Indian Civil Veterinary Department memoirs
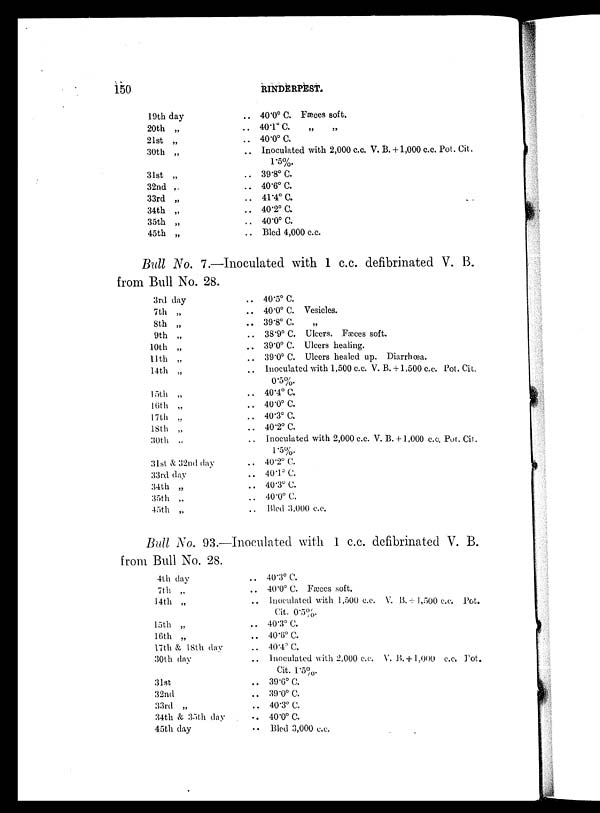
150
RINDERPEST.
19th day
20th „
21st „
30th „
31st „
32nd „
33rd „
34th „
35th „
45th „
.. 40.0º C. Fæces soft.
.. 401º C.
„
„
.. 40.0º C.
.. Inoculated with 2,000 c.c. V. B.
,000 c.c. Pot. Cit.
1.5%.
.. 39.8º C.
.. 40.6º C.
.. 41.4º C.
.. 40.2º C.
.. 40.0º C.
.. Bled 4,000 c.c.
Bull No. 7.—Inoculated with 1 c.c. defibrinated V. B.
from Bull No. 28.
3rd day
7th „
8th „
9th „
10th „
11th „
14th „
15th „
16th „
17th „
18th „
30th „
31st & 32nd day
33rd day
34th „
35th „
45th „
.. 40.5º C.
.. 40.0º C. Vesicles.
.. 39.8º C. „
.. 38.9º C. Ulcers. Fæces soft.
.. 39.0º C. Ulcers healing.
.. 39.0º C. Ulcers healed up. Diarrhœa.
.. Inoculated with 1,500 c.c. V. B.+1,500 c.c. Pot. Cit.
0.5%.
.. 40.4º C.
.. 40.0º C.
.. 40.3º C.
.. 40.2º C.
.. Inoculated with 2,000 c.c. V. B. + 1,000 c.c. Pot. Cit.
1.5%.
.. 40.2º C.
.. 40.1º C.
.. 40.3º C.
.. 40.0º C.
.. Bled 3,000 c.c.
Bull No. 93.—Inoculated with 1 c.c. defibrinated V. B.
from Bull No. 28.
4th day
7th „
14th „
15th „
16th „
17th & 18th day
30th day
31st
32nd
33rd „
34th & 35th day
45th day
.. 40.3º C.
.. 40.0º C. Fæces soft.
.. Inoculated with 1,500 c.c. V. B.+1,500 c.c. Pot.
Cit. 0.5%.
.. 40.3º C.
.. 40.6º C.
.. 40.4º C.
.. Inoculated with 2,000 c.c. V. B.+ 1.000 c.c. Pot.
Cit. 1.5%.
.. 39.6º C.
.. 39.0º C.
.. 40.3º C.
.. 40.0º C.
.. Bled 3,000 c.c.